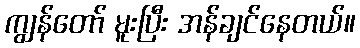
ကျွန်တော် မူးပြီး အန်ချင်နေတယ်။